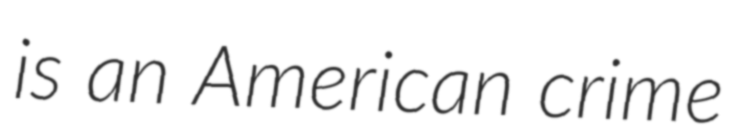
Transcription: is an American crime